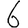
Digit: 6